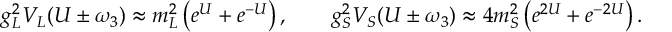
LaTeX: g _ { L } ^ { 2 } V _ { L } ( U \pm \omega _ { 3 } ) \approx m _ { L } ^ { 2 } \left( e ^ { U } + e ^ { - U } \right) , \qquad g _ { S } ^ { 2 } V _ { S } ( U \pm \omega _ { 3 } ) \approx 4 m _ { S } ^ { 2 } \left( e ^ { 2 U } + e ^ { - 2 U } \right) .